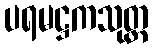
ပရမဋ္ဌကသုတ္တ